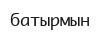
батырмын